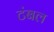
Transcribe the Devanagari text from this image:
टंबल